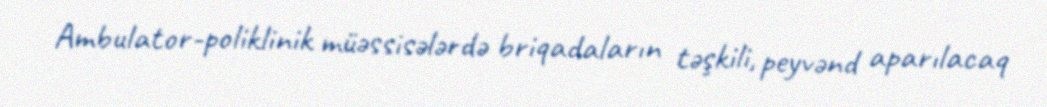
Ambulator-poliklinik müəssisələrdə briqadaların təşkili, peyvənd aparılacaq